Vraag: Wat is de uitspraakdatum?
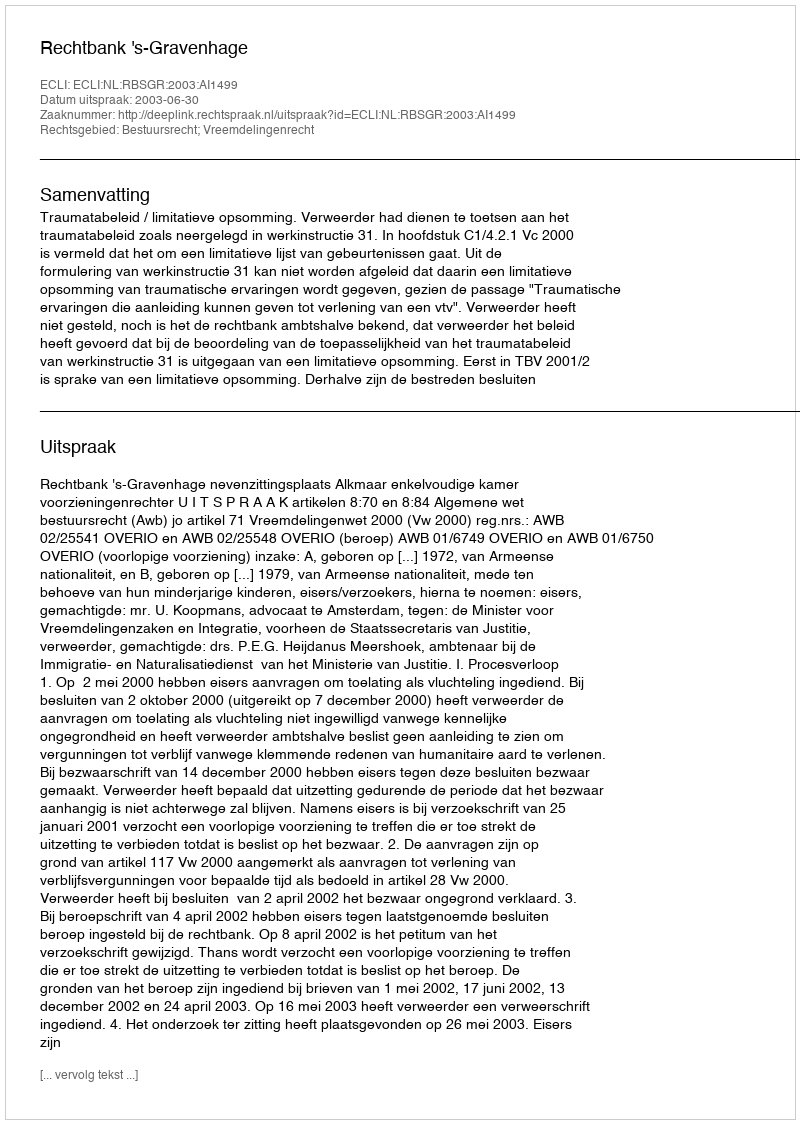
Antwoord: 2003-06-30